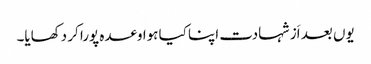
یوں بعد اَز شہادت اپنا کیا ہوا وعدہ پورا کر دکھایا۔